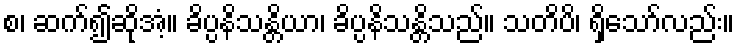
စ၊ ဆက်၍ဆိုအံ့။ ခိပ္ပနိသန္တိယာ၊ ခိပ္ပနိသန္တိသည်။ သတိပိ၊ ရှိသော်လည်း။